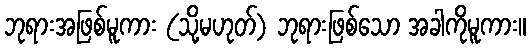
ဘုရားအဖြစ်မူကား (သို့မဟုတ်) ဘုရားဖြစ်သော အခါကိုမူကား။